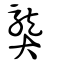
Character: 龏